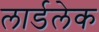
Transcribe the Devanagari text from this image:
लार्डलेक